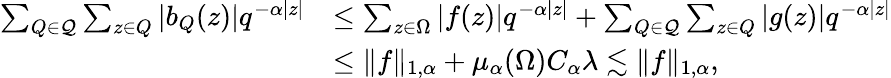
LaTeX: \begin{array}{rl}{\sum_{Q\in\mathcal{Q}}\sum_{z\in Q}|b_{Q}(z)|q^{-\alpha|z|}}&{\leq\sum_{z\in\Omega}|f(z)|q^{-\alpha|z|}+\sum_{Q\in\mathcal{Q}}\sum_{z\in Q}|g(z)|q^{-\alpha|z|}}\\ &{\leq\| f\| _{1,\alpha}+\mu_{\alpha}(\Omega)C_{\alpha}\lambda\lesssim\| f\| _{1,\alpha},}\end{array}